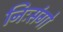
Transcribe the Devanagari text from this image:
निःसंगो